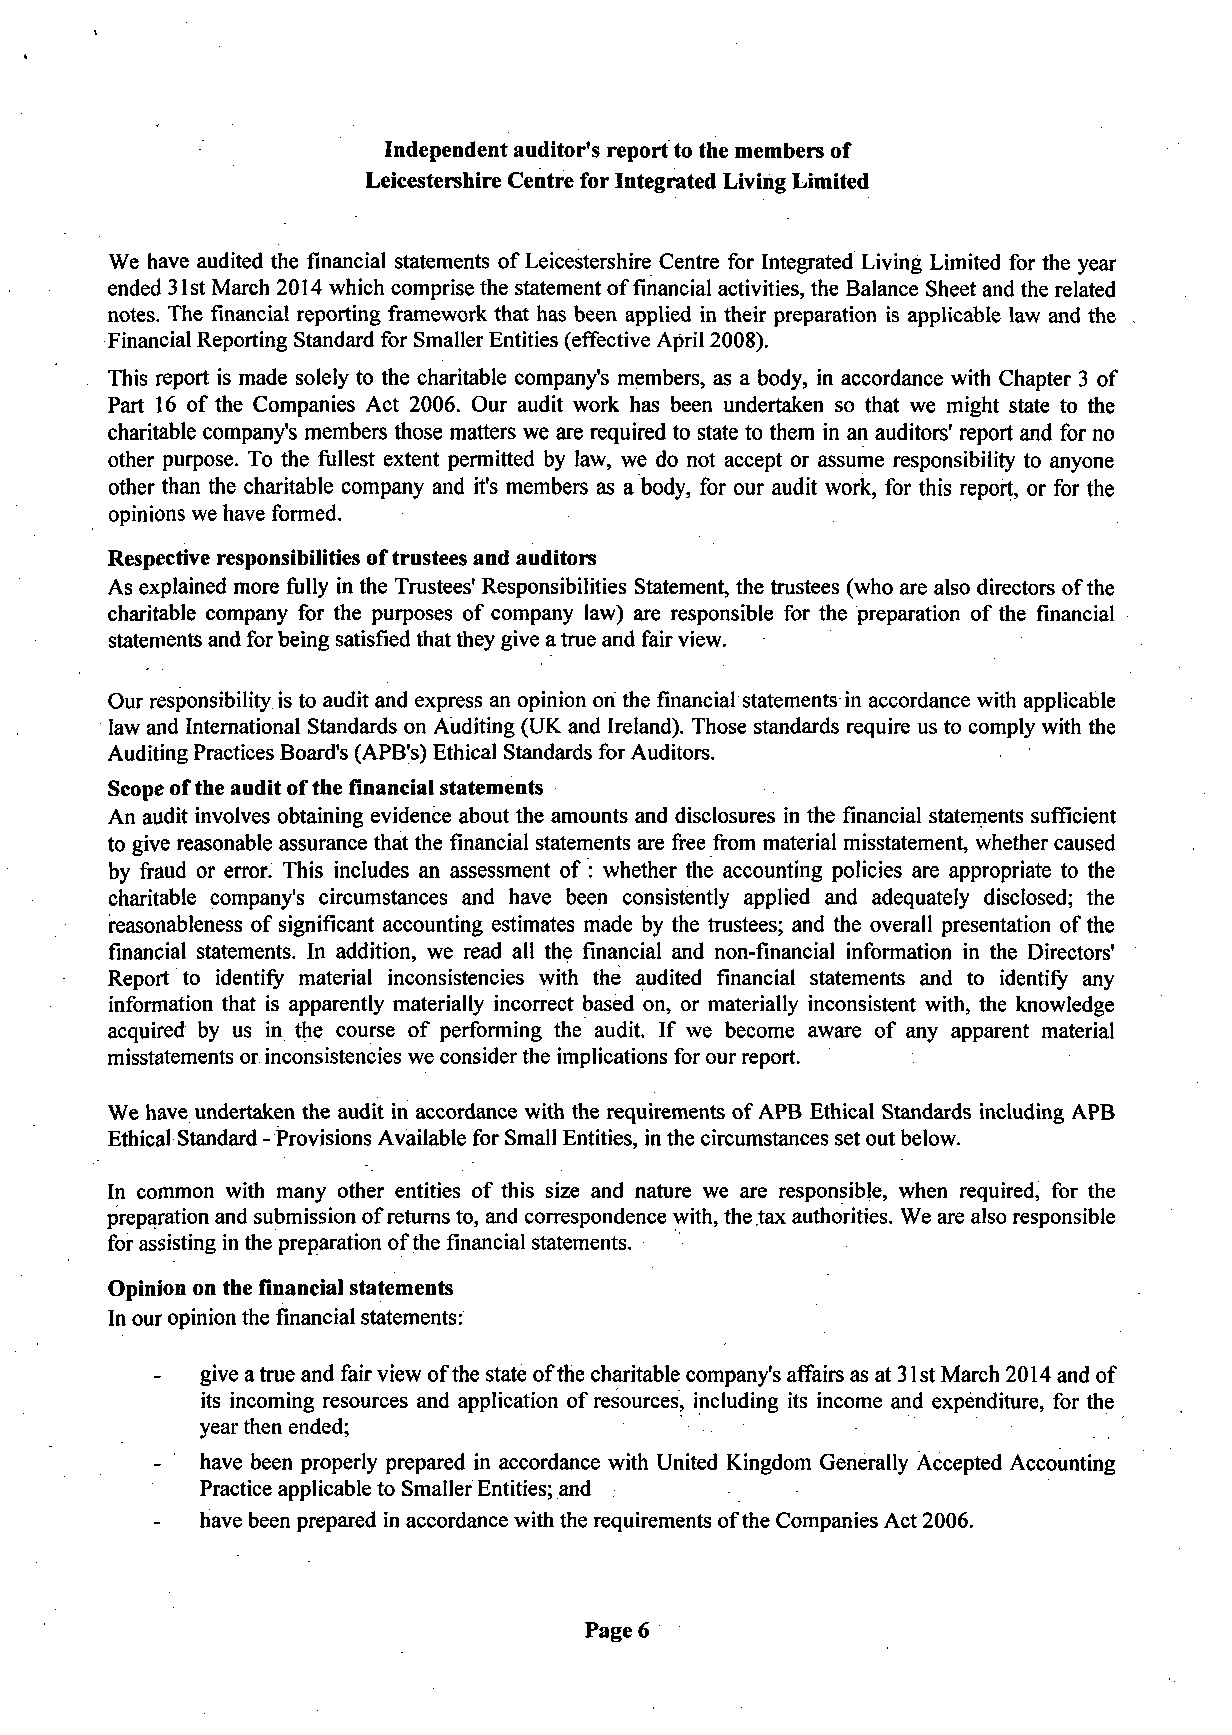
Independent auditor's report to the members of
 Leicestershire Centre for Integrated Living Limited
 We have audited the financial statements of Leicestershire Centre for Integrated Living Limited for the year
 ended 31st March 2014 which comprise the statement of financial activities, the Balance Sheet and the related
 notes. The financial reporting framework that has been applied in their preparation is applicable law and the
 Financial Reporting Standard for Smaller Entities (effective April 2008).
 This report is made solely to the charitable company's members, as a body, in accordance with Chapter 3 of
 Part 16 of the Companies Act 2006. Our audit work has been undertaken so that we might state to the
 charitable company's members those matters we are required to state to them in an auditors' report and for no
 other purpose. To the fullest extent permitted by law, we do not accept or assume responsibility to anyone
 other than the charitable company and it's members as a body, for our audit work, for this report, or for the
 opinions we have formed.
 Respective responsibilities of trustees and auditors
 As explained more fully in the Trustees' Responsibilities Statement, the trustees (who are also directors of the
 charitable company for the purposes of company law) are responsible for the preparation of the financial
 statements and for being satisfied that they give a true and fair view.
 Our responsibility is to audit and express an opinion on the financial statements in accordance with applicable
 law and International Standards on Auditing (UK and Ireland). Those standards require us to comply with the
 Auditing Practices Board's (APB's) Ethical Standards for Auditors.
 Scope of the audit of the financial statements
 An audit involves obtaining evidence about the amounts and disclosures in the financial statements sufficient
 to give reasonable assurance that the financial statements are free from material misstatement, whether caused
 by fraud or error. This includes an assessment of : whether the accounting policies are appropriate to the
 charitable company's circumstances and have been consistently applied and adequately disclosed; the
 reasonableness of significant accounting estimates made by the trustees; and the overall presentation of the
 financial statements. In addition, we read all the financial and non-financial information in the Directors'
 Report to identify material inconsistencies with the audited financial statements and to identify any
 information that is apparently materially incorrect based on, or materially inconsistent with, the knowledge
 acquired by us in the course of performing the audit. If we become aware of any apparent material
 misstatements or inconsistencies we consider the implications for our report.
 We have undertaken the audit in accordance with the requirements of APB Ethical Standards including APB
 Ethical Standard - Provisions Available for Small Entities, in the circumstances set out below.
 In common with many other entities of this size and nature we are responsible, when required, for the
 preparation and submission of returns to, and correspondence with, the tax authorities. We are also responsible
 for assisting in the preparation of the financial statements.
 Opinion on the financial statements
 In our opinion the financial statements:
 give a true and fair view of the state of the charitable company's affairs as at 31 st March 2014 and of
 its incoming resources and application of resources, including its income and expenditure, for the
 year then ended;
 have been properly prepared in accordance with United Kingdom Generally Accepted Accounting
 Practice applicable to Smaller Entities; and
 have been prepared in accordance with the requirements of the Companies Act 2006.
 Page 6